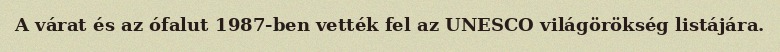
A várat és az ófalut 1987-ben vették fel az UNESCO világörökség listájára.